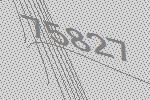
75827